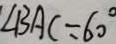
\angle B A C = 6 0 ^ { \circ }